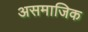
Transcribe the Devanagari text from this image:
असमाजिक